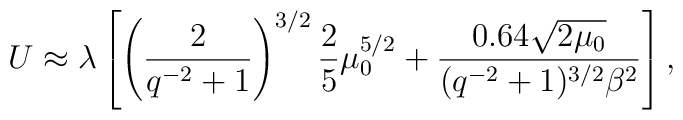
U\approx \lambda\left[\left(\frac{2}{q^{-2}+1}\right)^{3/2}\frac{2}{5}\mu_{0}^{5/2}+\frac{0.64\sqrt{2\mu_{0}}}{(q^{-2}+1)^{3/2}\beta^{2}}\right],